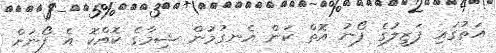
އަތުގައި ފަޒީލުގެ ފޯނު އޮތް ކަން އެނގުމުން ޝިމާގެ ކޮއްކޮ އެ ފޯނަށް